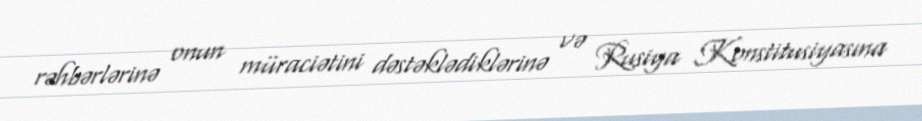
rəhbərlərinə onun müraciətini dəstəklədiklərinə və Rusiya Konstitusiyasına